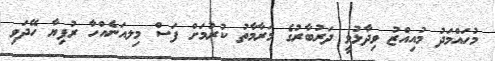
މުހައްމަދު މުއިއްޒު ވިދާޅުވީ ދަރުބާރުގެ މަރާމާތު ކުރުމަށް ފަސް މިލއަނެއްހާ ރުފިޔާ ހޭދަވި